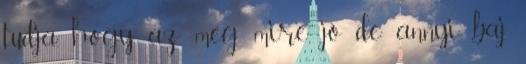
tudja, hogy az meg mire jó de annyi baj